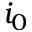
i _ { 0 }